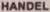
HANDEL